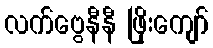
လက်ဗွေနီနီ ဖြိုးကျော်